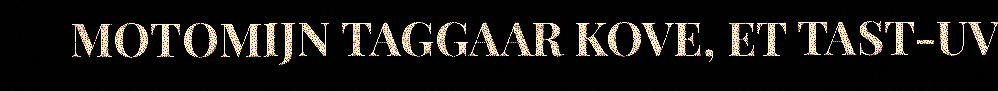
MOTOMIJN TAGGAAR KOVE, ET TAST-UV